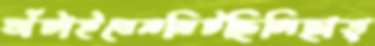
ঘাঁটাইবেনমিটছিলিছাত্